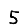
Digit: 5